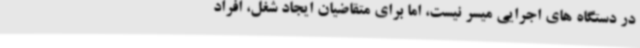
در دستگاه های اجرایی میسر نیست، اما برای متقاضیان ایجاد شغل، افراد